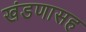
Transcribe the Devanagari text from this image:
खंडणासह